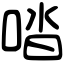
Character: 𠴲